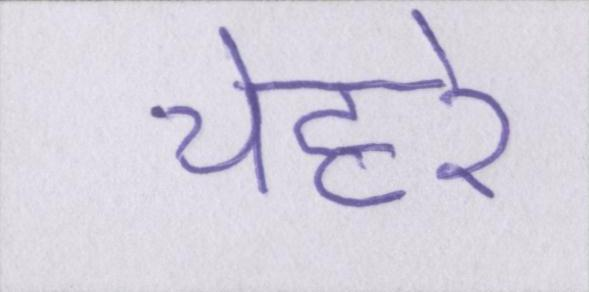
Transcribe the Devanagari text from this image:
चेहरे